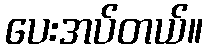
ပေးအပ်တယ်။